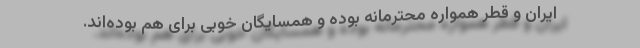
ایران و قطر همواره محترمانه بوده و همسایگان خوبی برای هم بوده‌اند.